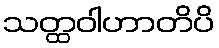
သတ္ထဝါဟာတိပိ